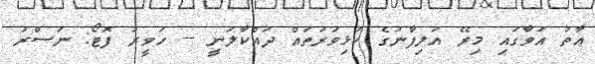
އާތު އަވާގައި މިރޭ އަލިފާނުުގެ ކުޅިވަރުތައް ދައްކާލަނީ -- ހަވީރު ފޮޓޯ: ނަސްރު